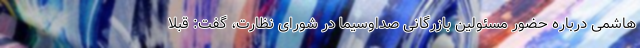
هاشمی درباره حضور مسئولین بازرگانی صداوسیما در شورای نظارت، گفت: قبلاً